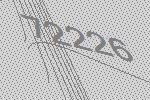
72226